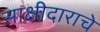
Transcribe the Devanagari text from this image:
साक्षीदाराचे